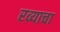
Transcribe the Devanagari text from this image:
रव्याचा